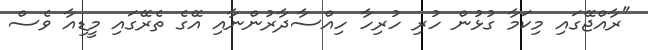
"ރާއްޖޭގައި މިކަމާ ގުޅުން ހުރި ހުރިހާ ހިއްސާދާރުންނާއި އޭގެ ތެރޭގައި މީޑިއާ ވެސް